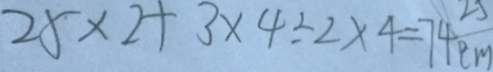
2 5 \times 2 + 3 \times 4 \div 2 \times 4 = 7 4 c m